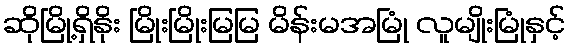
ဆိုမြို့ရှိနိုး မြိုးမြိုးမြမြ မိန်းမအမြုံ လူမျိုးမြုံနှင့်